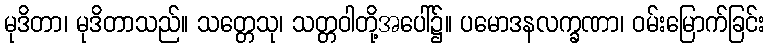
မုဒိတာ၊ မုဒိတာသည်။ သတ္တေသု၊ သတ္တဝါတို့အပေါ်၌။ ပမောဒနလက္ခဏာ၊ ဝမ်းမြောက်ခြင်း